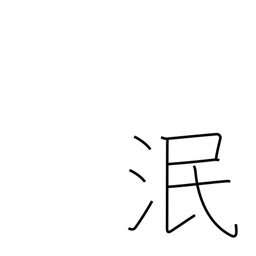
Meaning: die out